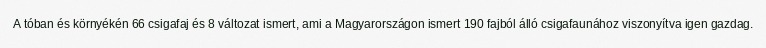
A tóban és környékén 66 csigafaj és 8 változat ismert, ami a Magyarországon ismert 190 fajból álló csigafaunához viszonyítva igen gazdag.